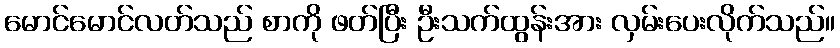
မောင်မောင်လတ်သည် စာကို ဖတ်ပြီး ဦးသက်ထွန်းအား လှမ်းပေးလိုက်သည်။